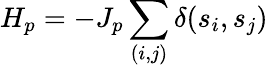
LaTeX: H_{p}=-J_{p}\sum_{(i,j)}\delta(s_{i},s_{j})